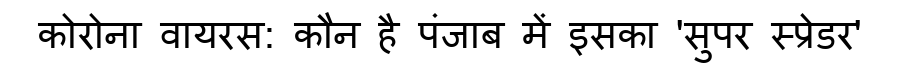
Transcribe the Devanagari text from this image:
कोरोना वायरस: कौन है पंजाब में इसका 'सुपर स्प्रेडर'